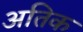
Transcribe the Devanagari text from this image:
अतिक